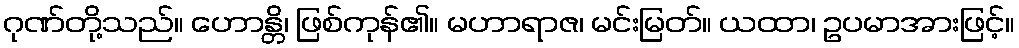
ဂုဏ်တို့သည်။ ဟောန္တိ၊ ဖြစ်ကုန်၏။ မဟာရာဇ၊ မင်းမြတ်။ ယထာ၊ ဥပမာအားဖြင့်။